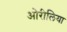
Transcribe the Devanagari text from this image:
ओरीलिया